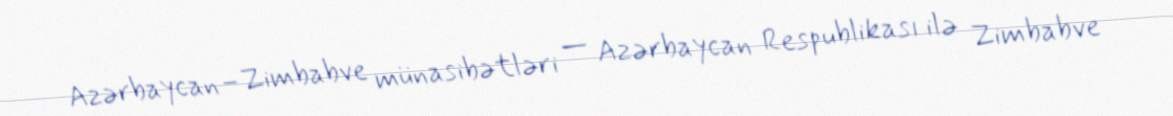
Azərbaycan–Zimbabve münasibətləri — Azərbaycan Respublikası ilə Zimbabve